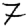
Digit: 7